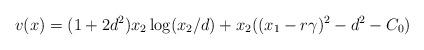
LaTeX: \begin{align*}v(x)=(1+2d^2) x_2 \log (x_2/d) + x_2 ((x_1-r\gamma)^2-d^2-C_0)\end{align*}